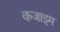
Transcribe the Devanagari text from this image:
कजाइम